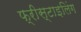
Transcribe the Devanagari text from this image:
फ्रीस्टाइलिंग